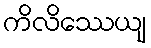
ကိလိဿေယျ